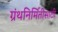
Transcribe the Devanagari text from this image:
ग्रंथनिर्मितीसाठी